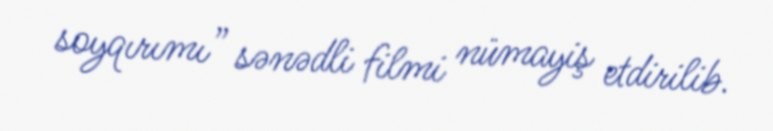
soyqırımı” sənədli filmi nümayiş etdirilib.